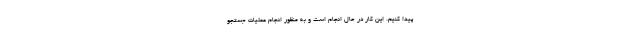
پیدا کنیم. این کار در حال انجام است و به منظور انجام عملیات جستجو